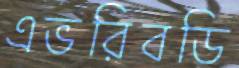
এভরিবডি